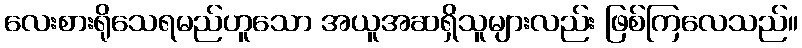
လေးစားရိုသေရမည်ဟူသော အယူအဆရှိသူများလည်း ဖြစ်ကြလေသည်။